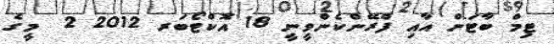
ޓިމް ބާޓަން އާއި ފްރޭންކެންވީނީ 18 އޮކްޓޯބަރ 2012 2  މީގެ